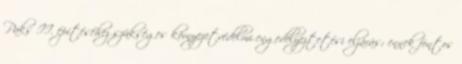
Paks II. építéséhez szükséges környezetvédelmi engedélyeztetési eljárás; ennek fontos